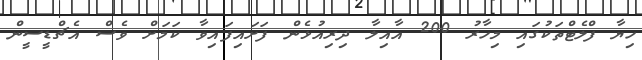
ހިޔާ ފްލެޓްތަކުގައި މިހާރު 200 އާއިލާ ދިރިއުޅެން ފަށައިފައިވާ ކަމަށް ވެސް އެޗްޑީސީން